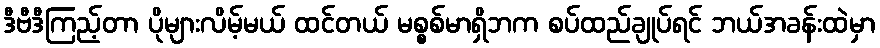
ဒီဗီဒီကြည့်တာ ပိုများလိမ့်မယ် ထင်တယ် မစ္စစ်မာရှိဘက စပ်ထည်ချုပ်ရင် ဘယ်အခန်းထဲမှာ